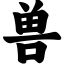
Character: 兽